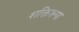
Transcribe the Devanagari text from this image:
शक्तिरूपा